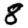
Digit: 8